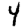
Digit: 4